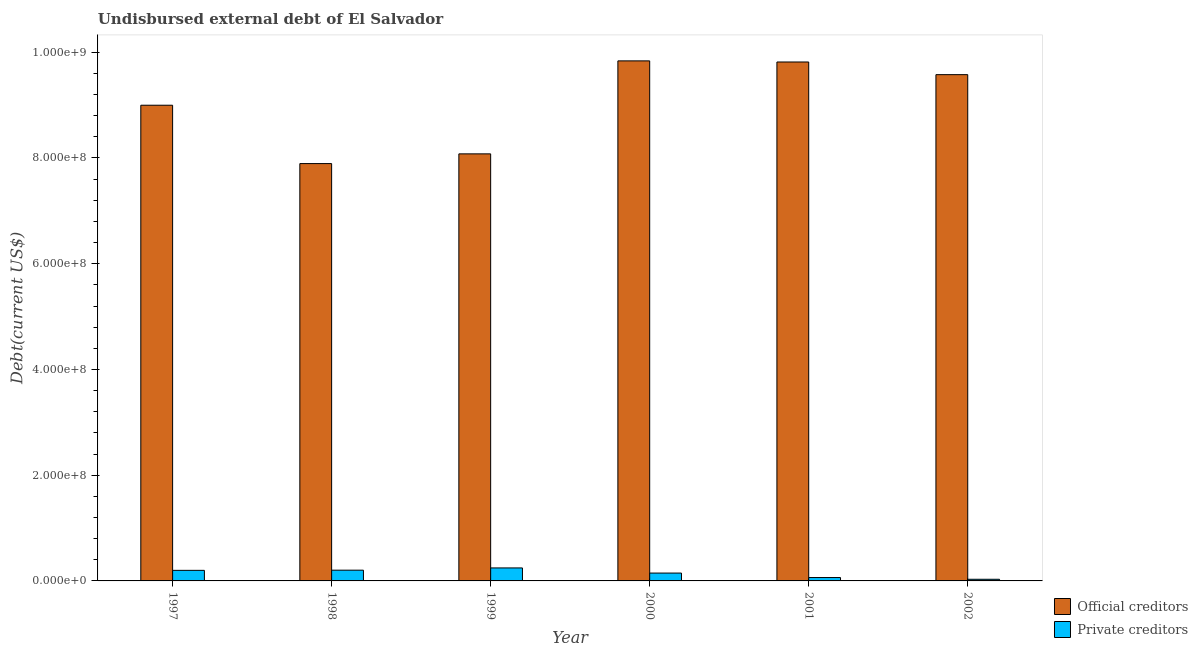
| Year | Official creditors | Private creditors |
 | --- | --- | --- |
 | 1997 | 9e+08 | 2e+07 |
 | 1998 | 7.89e+08 | 2.03e+07 |
 | 1999 | 8.08e+08 | 2.46e+07 |
 | 2000 | 9.84e+08 | 1.49e+07 |
 | 2001 | 9.82e+08 | 6.4e+06 |
 | 2002 | 9.58e+08 | 3.11e+06 |